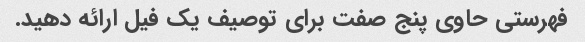
فهرستی حاوی پنج صفت برای توصیف یک فیل ارائه دهید.